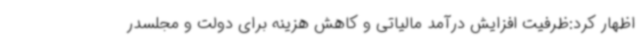
اظهار کرد:ظرفیت افزایش درآمد مالیاتی و کاهش هزینه برای دولت و مجلسدر